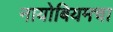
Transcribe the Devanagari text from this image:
नायोबियमचा